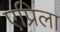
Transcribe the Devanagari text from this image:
एप्रिला